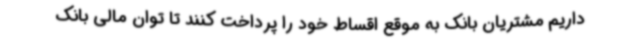
داریم مشتریان بانک به موقع اقساط خود را پرداخت کنند تا توان مالی بانک